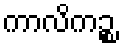
ကာလိကဉ္စ